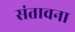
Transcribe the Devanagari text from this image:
संतावना